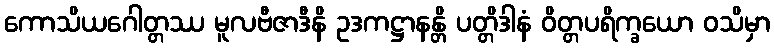
ကောသိယဂေါတ္တဿ မူလဗီဇာဒီနိ ဥဒကဋ္ဌာနန္တိ ပတ္တိဒါနံ ဝိတ္တပရိက္ခယော ဝသိမှာ